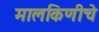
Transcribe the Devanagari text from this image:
मालकिणीचे